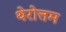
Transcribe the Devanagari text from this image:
थेरोत्तम